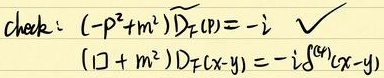
check: \((-p^{2}+m^{2})\widetilde{D}_{F}(p)=-i\ \checkmark\)
\(( \square +m^{2})D_{F}(x - y)=-i\delta^{(4)}(x - y)\)